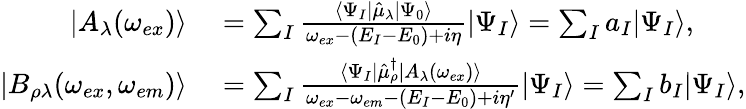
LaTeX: \begin{array}{rl}{|A_{\lambda}(\omega_{ex})\rangle}&{{}=\sum_{I}\frac{\langle\Psi_{I}|\hat{\mu}_{\lambda}|\Psi_{0}\rangle}{\omega_{ex}-(E_{I}-E_{0})+i\eta}|\Psi_{I}\rangle=\sum_{I}a_{I}|\Psi_{I}\rangle,}\\ {|B_{\rho\lambda}(\omega_{ex},\omega_{em})\rangle}&{{}=\sum_{I}\frac{\langle\Psi_{I}|\hat{\mu}_{\rho}^{\dagger}|A_{\lambda}(\omega_{ex})\rangle}{\omega_{ex}-\omega_{em}-(E_{I}-E_{0})+i\eta^{\prime}}|\Psi_{I}\rangle=\sum_{I}b_{I}|\Psi_{I}\rangle,}\end{array}